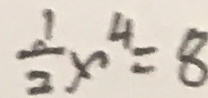
\frac { 1 } { 2 } x ^ { 4 } = 8